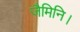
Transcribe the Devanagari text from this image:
जैमिनि।